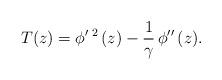
LaTeX: \begin{align*}T(z) =\phi'\,^2\,(z)-\frac{1}{\gamma}\,\phi''\,(z).\end{align*}